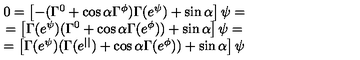
\begin{array} { c } { 0 = \left[ - ( \Gamma ^ { 0 } + \cos \alpha \Gamma ^ { \phi } ) \Gamma ( e ^ { \psi } ) + \sin \alpha \right] \psi = } \\ { = \left[ \Gamma ( e ^ { \psi } ) ( \Gamma ^ { 0 } + \cos \alpha \Gamma ( e ^ { \phi } ) ) + \sin \alpha \right] \psi = } \\ { = \left[ \Gamma ( e ^ { \psi } ) ( \Gamma ( e ^ { | | } ) + \cos \alpha \Gamma ( e ^ { \phi } ) ) + \sin \alpha \right] \psi } \\ \end{array}